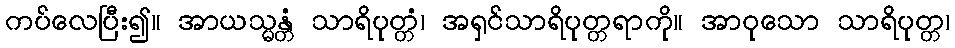
ကပ်လေပြီး၍။ အာယသ္မန္တံ သာရိပုတ္တံ၊ အရှင်သာရိပုတ္တရာကို။ အာဝုသော သာရိပုတ္တ၊